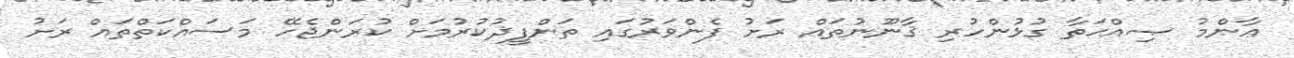
ޢާންމު ޞިއްޙަތާ ގުޅުންހުރި ޤާނޫނުތައް ރަށު ފެންވަރުގައި ތަންފީޛުކުރުމަށް ކުރަންޖެހޭ މަސައްކަތްތައް ރަށު